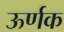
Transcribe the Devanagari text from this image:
ऊर्णक